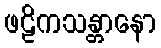
ဖဠိကသန္တာနော